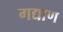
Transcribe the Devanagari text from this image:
गद्याण